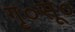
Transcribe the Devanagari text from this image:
गृ०सू०